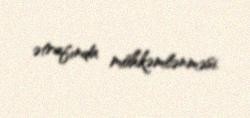
ətrafında möhkəmlənməsi.